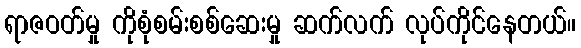
ရာဇဝတ်မှု ကိုစုံစမ်းစစ်ဆေးမှု ဆက်လက် လုပ်ကိုင်နေတယ်။